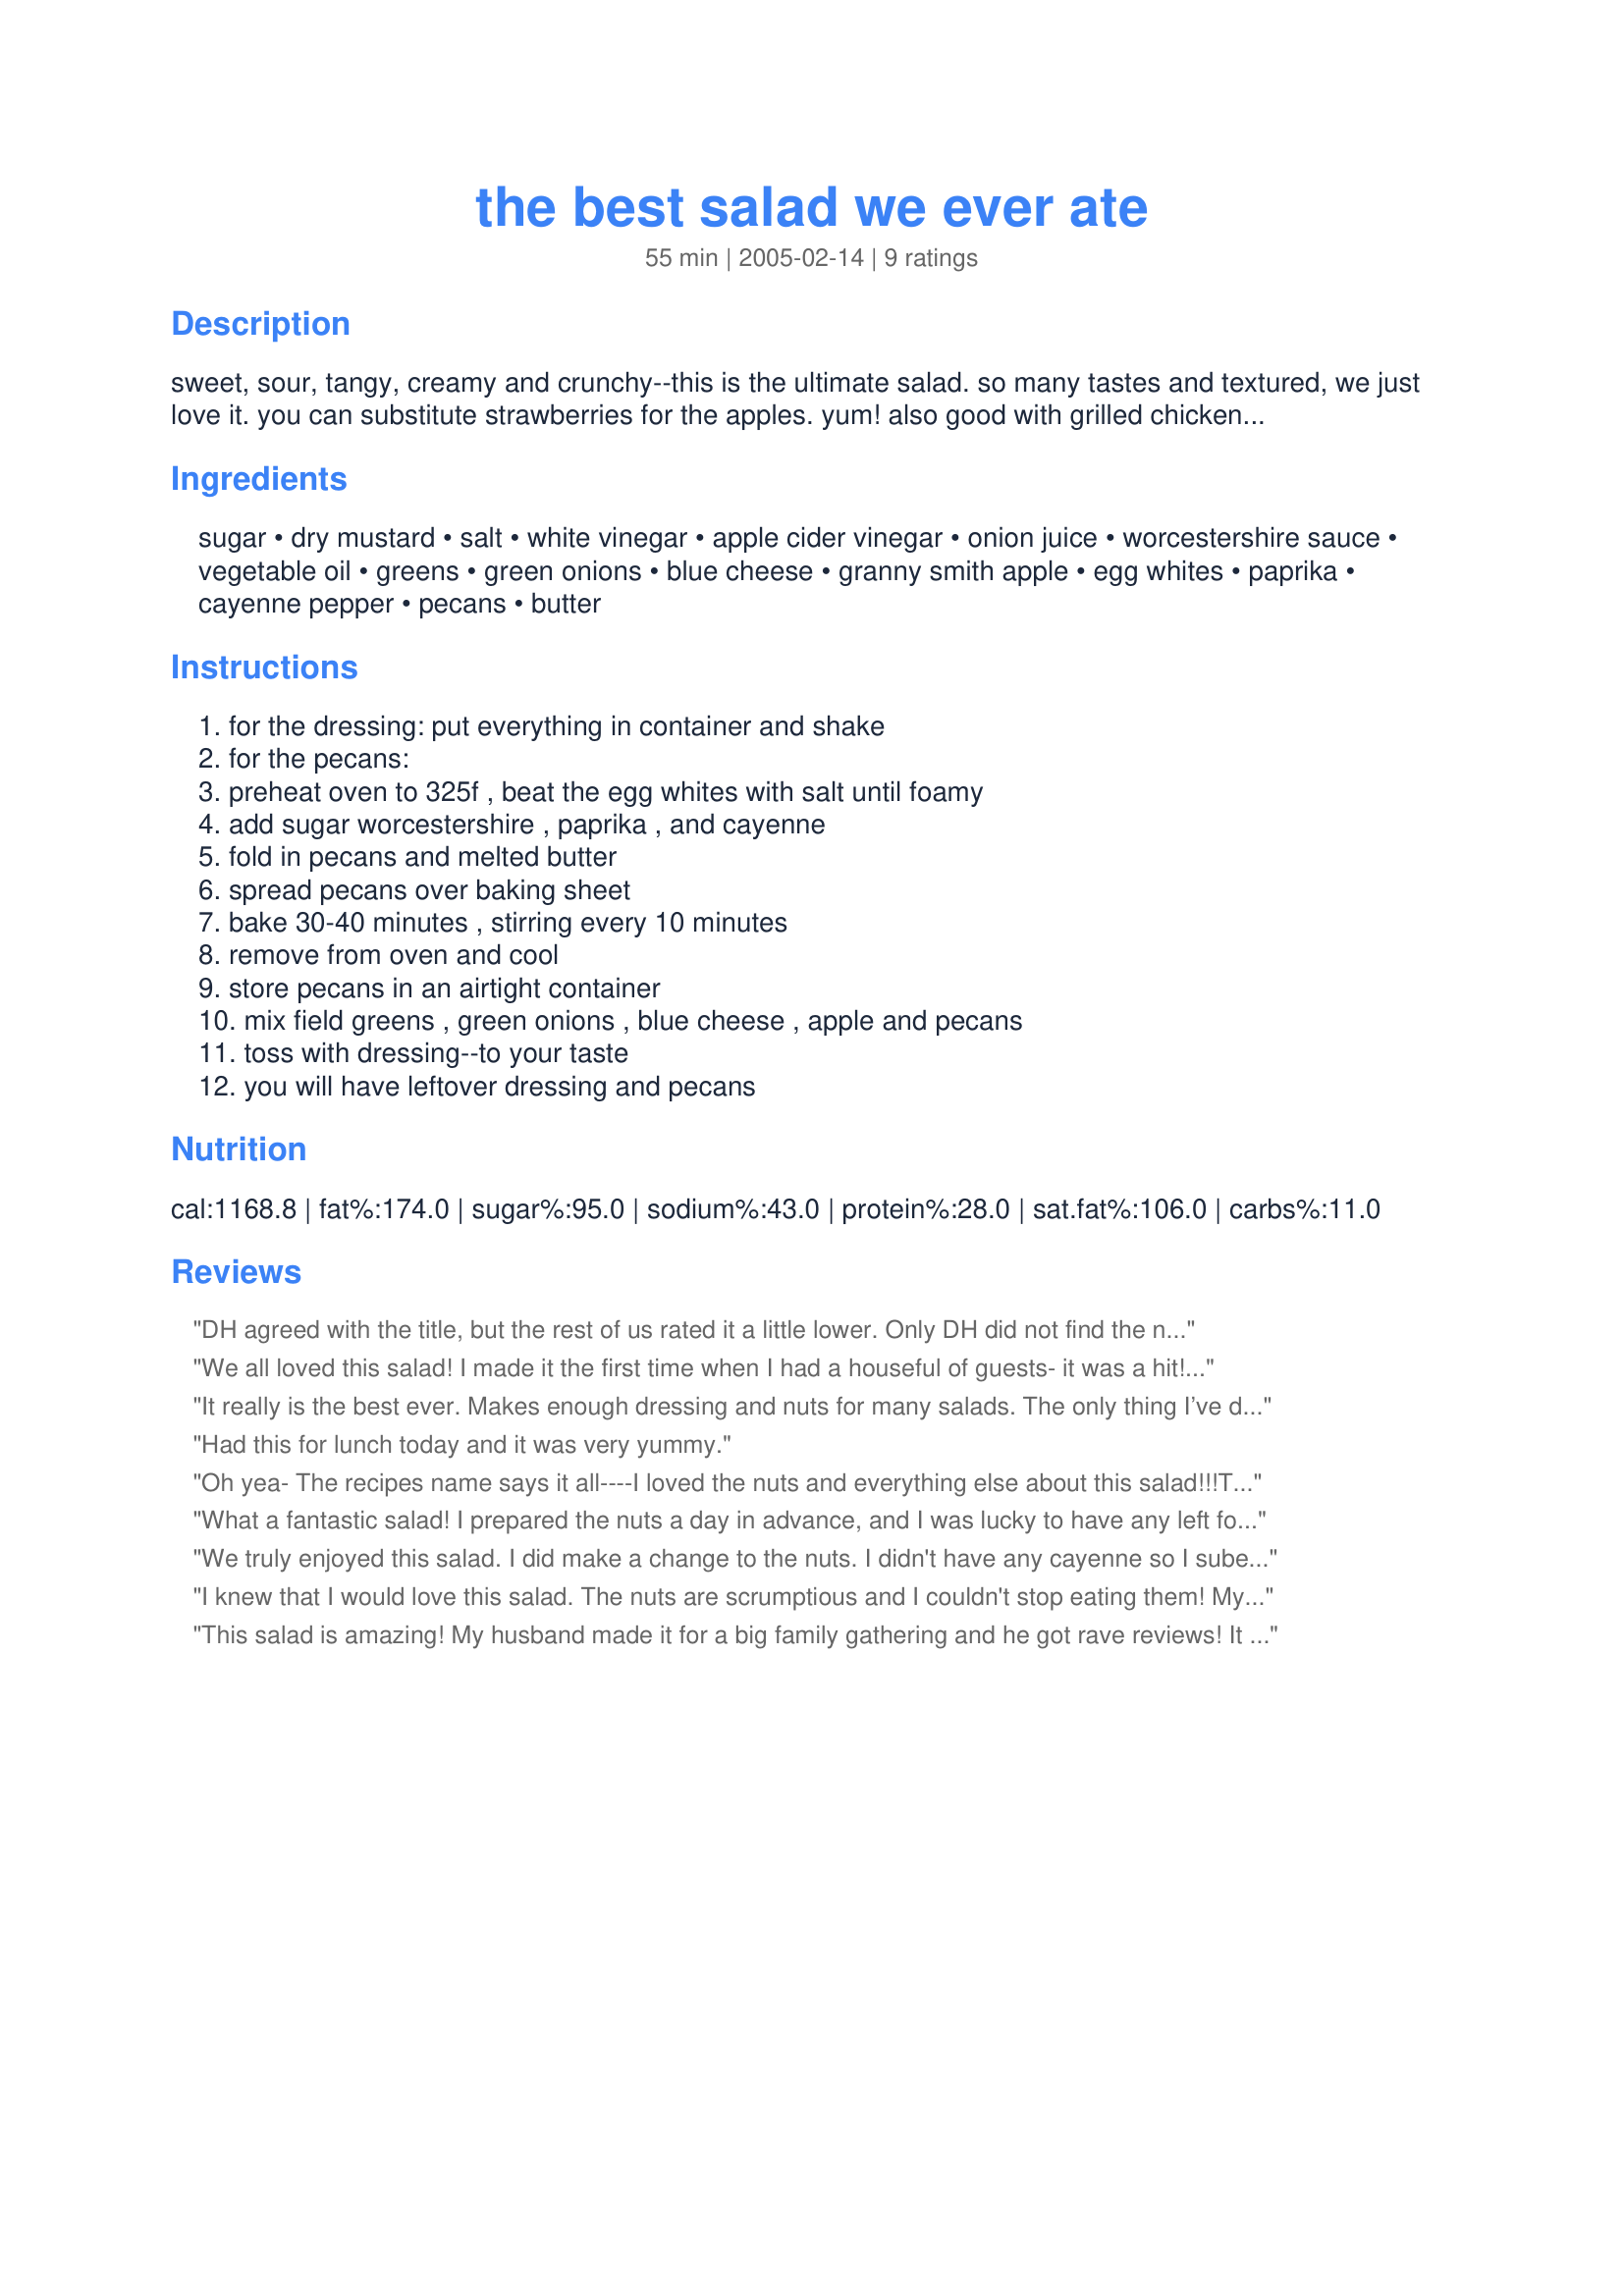
the best salad we ever ate
Preparation time: 55 minutes

sweet, sour, tangy, creamy and crunchy--this is the ultimate salad. so many tastes and textured, we just love it. you can substitute strawberries for the apples. yum! also good with grilled chicken or grilled shrimp! cooking time reflects the preparation of the pecans. it makes a lot, though...so once you have them made, you have enough for several salads.

Ingredients:
sugar, dry mustard, salt, white vinegar, apple cider vinegar, onion juice, worcestershire sauce, vegetable oil, greens, green onions, blue cheese, granny smith apple, egg whites, paprika, cayenne pepper, pecans, butter

Steps:
for the dressing: put everything in container and shake, for the pecans:, preheat oven to 325f , beat the egg whites with salt until foamy, add sugar worcestershire , paprika , and cayenne, fold in pecans and melted butter, spread pecans over baking sheet, bake 30-40 minutes , stirring every 10 minutes, remove from oven and cool, store pecans in an airtight container, mix field greens , green onions , blue cheese , apple and pecans, toss with dressing--to your taste, you will have leftover dressing and pecans

Reviews:
DH agreed with the title, but the rest of us rated it a little lower. Only DH did not find the nuts too spicy and they were a bit time consuming to make. The dressing was quite sweet and made way way more than we needed. I did not have onion juice, or know how to make it, so I pureed it in my blender with the vinegars before adding the other ingredients. The variety of tates between the apple, blue cheese, nuts and greens was truly delightful.
We all loved this salad! I made it the first time when I had a houseful of guests- it was a hit! The pecans are fantastic - hard to resist nibbling on the leftovers. I simply grated onion on a fine grater for the onion juice in the dressing recipe.
It really is the best ever. Makes enough dressing and nuts for many salads. The only thing I’ve done differently is crush the pecans slightly after baking them. For those people having difficulty finding the onion juice, I found it in the spice section at the grocery store. Thanks for a delicious recipe!
Had this for lunch today and it was very yummy.
Oh yea- The recipes name says it all----I loved the nuts and everything else about this salad!!!Thanx for sharing
What a fantastic salad! I prepared the nuts a day in advance, and I was lucky to have any left for the salad, they are so good! I also made the dressing a day also. I used feta instead of blue cheese, served this with romaine lettuce. DH gave this "two thumbs up" we loved this liz, I can't wait to make this again, thanks for sharing such a great recipe!...Kitten:)
We truly enjoyed this salad. I did make a change to the nuts. I didn't have any cayenne so I subed a bit of seasoning salt and I only made the dressing with half the amount of sugar listed. I don't like blue cheese so I used feta as a reviewer had and it was still delicious. The leftover vinigrette will be good on other greens as well.
I knew that I would love this salad. The nuts are scrumptious and I couldn't stop eating them! My husband had requested a "good salad" and he really enjoyed it as well. I had to use feta, but can't wait to try it with the blue cheese.

Roxygirl in Colo.
This salad is amazing! My husband made it for a big family gathering and he got rave reviews! It is sweet but not overly sweet. The blend of flavors is the best I've ever had.
